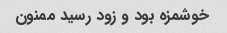
خوشمزه بود و زود رسید ممنون